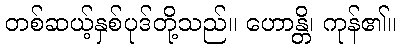
တစ်ဆယ့်နှစ်ပုဒ်တို့သည်။ ဟောန္တိ၊ ကုန်၏။